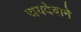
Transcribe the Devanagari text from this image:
जयदेवाने